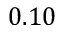
0 . 1 0